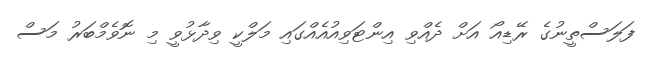
ފަލަސްތީނުގެ ރޭޑިއޯ އަށް ދެއްވި އިންޓަވިއުއެއްގައި މަލްކީ ވިދާޅުވީ މި ނޮވެމްބަރު މަސް